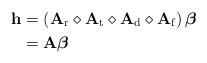
LaTeX: \begin{align*} \mathbf{h}&=\left(\mathbf{A}_{\mathrm{r}}\diamond\mathbf{A}_{\mathrm{t}}\diamond\mathbf{A}_{\mathrm{d}}\diamond\mathbf{A}_{\mathrm{f}}\right)\boldsymbol{\beta}\\ &=\mathbf{A}\boldsymbol{\beta}\end{align*}